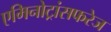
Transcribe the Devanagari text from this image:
एमिनोट्रांसफरेज